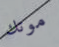
موتك